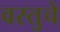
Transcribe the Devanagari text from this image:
वस्तुचे